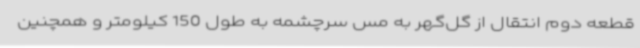
قطعه دوم انتقال از گل‌گهر به مس سرچشمه به طول 150 کیلومتر و همچنین